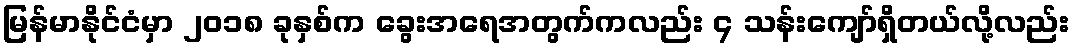
မြန်မာနိုင်ငံမှာ ၂၀၁၈ ခုနှစ်က ခွေးအရေအတွက်ကလည်း ၄ သန်းကျော်ရှိတယ်လို့လည်း